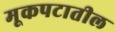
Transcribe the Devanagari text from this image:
मूकपटातील